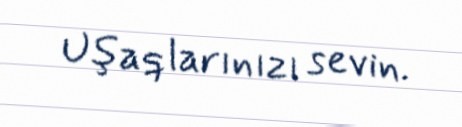
Uşaqlarınızı sevin.